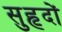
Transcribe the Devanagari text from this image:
सुहृदों